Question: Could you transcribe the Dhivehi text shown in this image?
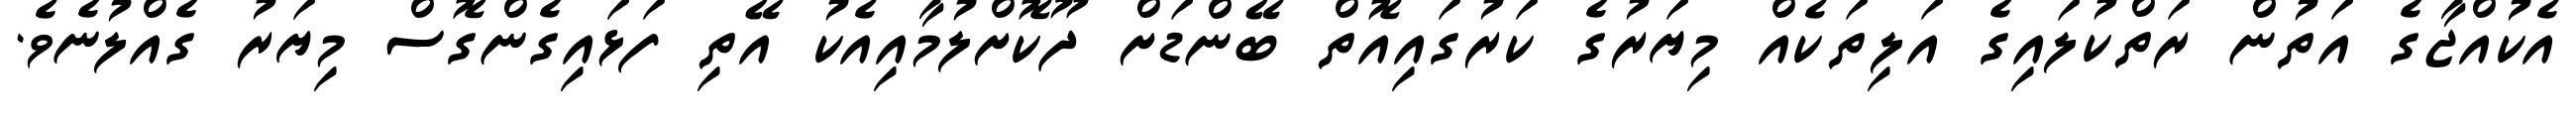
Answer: އެކުއްޖާގެ އަތުން ރަތްކުލައިގެ އަލިތަކެއް މިޔަރުގެ ކަރުގައިއޮތް ބޭންޑަށް ދޫކޮށްލުމާއިއެކު އޭތި ފަޅައިގެންގޮސް މިޔަރު ގެއްލުނެވެ.